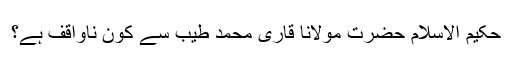
حکیم الاسلام حضرت مولانا قاری محمد طیبؒ سے کون ناواقف ہے؟